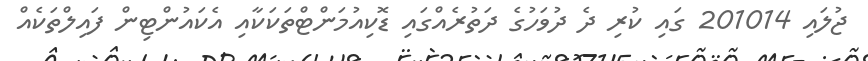
ޖުލައި 201014 ގައި ކުރި ދެ ދުވަހުގެ ދަތުރެއްގައި ޑޮކިއުމަންޓްތަކަކާއި އެކައުންޓިން ފައިލްތަކެއް